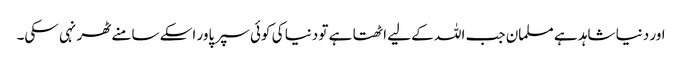
اور دنیا شاہد ہے مسلمان جب اللہ کے لیے اٹھتا ہے تو دنیا کی کوئی سپر پاور اسکے سامنے ٹھر نہی سکی۔